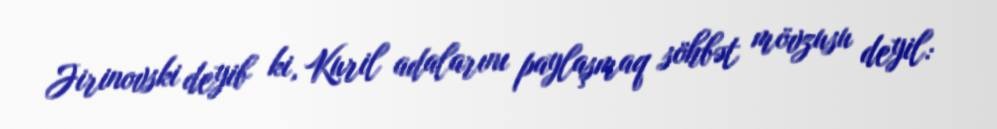
Jirinovski deyib ki, Kuril adalarını paylaşmaq söhbət mövzusu deyil: